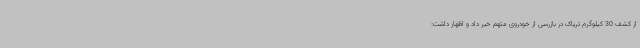
از کشف 30 کیلوگرم تریاک در بازرسی از خودروی متهم خبر داد و اظهار داشت: